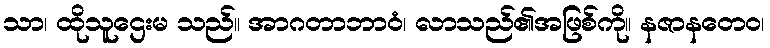
သာ၊ ထိုသူဌေးမ သည်။ အာဂတာဘာဝံ၊ လာသည်၏အဖြစ်ကို။ နဇာနတေဝ၊